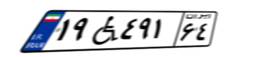
۲۵W۰۰۳۸۵